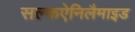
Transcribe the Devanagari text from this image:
सल्फऐनिलैमाइड